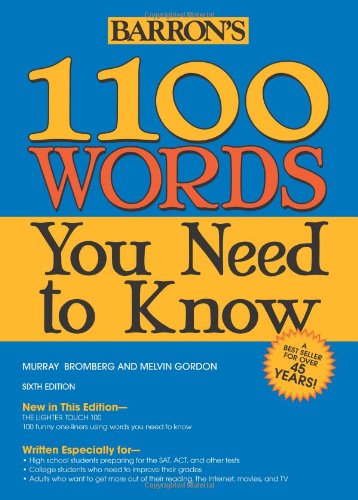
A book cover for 1100 Words You Need to Know; Murray Bromberg; Reference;